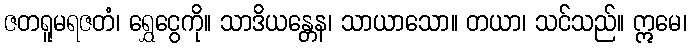
ဇတရူမရဇတံ၊ ရွှေငွေကို။ သာဒိယန္တေန၊ သာယာသော။ တယာ၊ သင်သည်။ ဣမေ၊